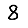
Digit: 8